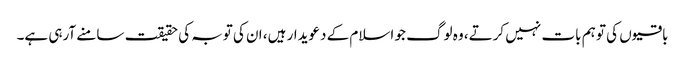
باقیوں کی تو ہم بات نہیں کرتے، وہ لوگ جو اسلام کے دعویدار ہیں، ان کی توبہ کی حقیقت سامنے آرہی ہے۔